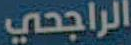
الراجحي